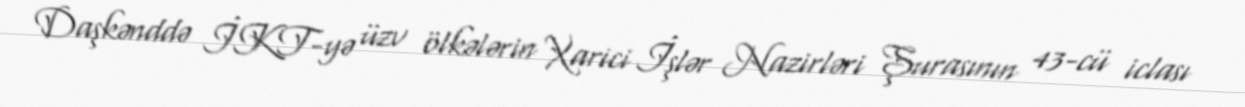
Daşkənddə İKT-yə üzv ölkələrin Xarici İşlər Nazirləri Şurasının 43-cü iclası